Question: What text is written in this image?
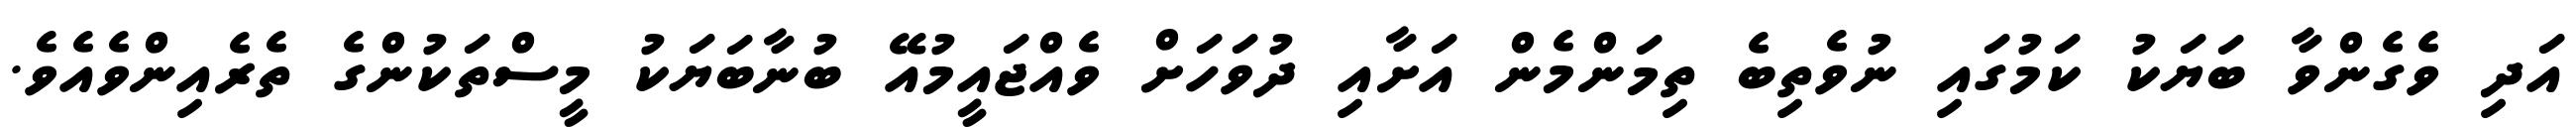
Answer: އަދި ވެގެންވާ ބަޔަކު ކަމުގައި ނުވެތިބެ ތިމަންމެން އަށާއި ދުވަހަށް ވެއްޖައީމުއޭ ބުނާބަޔަކު މީސްތަކުންގެ ތެރެއިންވެއެވެ.